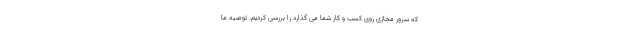
که سرور مجازی روی کسب و کار شما می گذارد را بررسی کردیم. توصیه ما